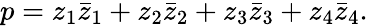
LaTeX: p=z_{1}\bar{z}_{1}+z_{2}\bar{z}_{2}+z_{3}\bar{z}_{3}+z_{4}\bar{z}_{4}.